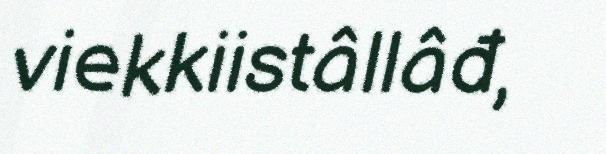
viekkiistâllâđ,